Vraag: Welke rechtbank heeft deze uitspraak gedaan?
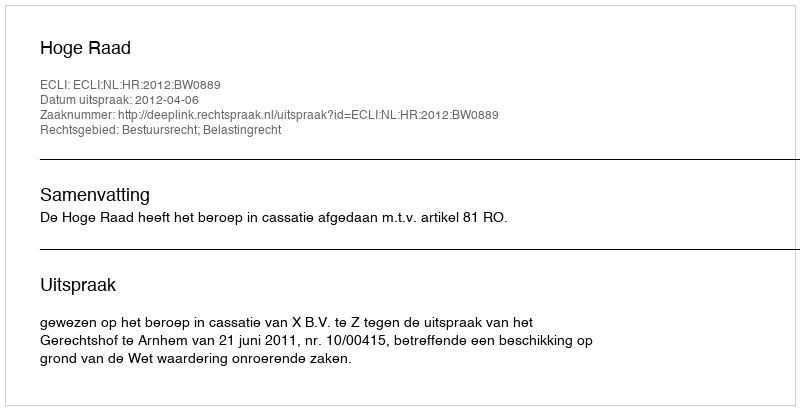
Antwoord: Hoge Raad